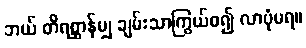
ဘယ် တိရစ္ဆာန်မျှ ချမ်းသာကြွယ်ဝ၍ လာပုံမရ။